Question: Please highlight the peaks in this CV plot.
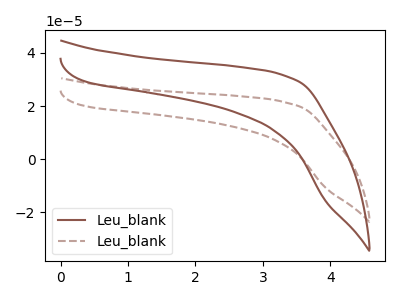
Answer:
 <answer>The brown curve "Leu_blank1" has no peaks. The brown dashed curve "Leu_blank2" has no peaks.</answer>
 <eval></eval>